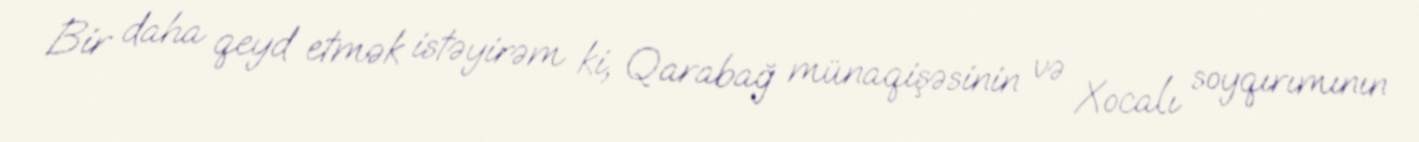
Bir daha qeyd etmək istəyirəm ki, Qarabağ münaqişəsinin və Xocalı soyqırımının